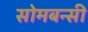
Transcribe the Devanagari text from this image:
सोमबन्सी